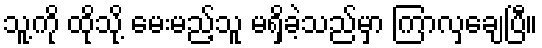
သူ့ကို ထိုသို့ မေးမည့်သူ မရှိခဲ့သည်မှာ ကြာလှချေပြီ။